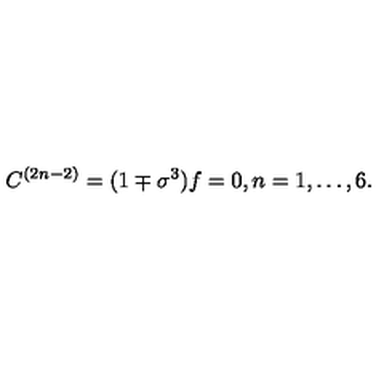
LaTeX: C ^ { ( 2 n - 2 ) } = ( 1 \mp \sigma ^ { 3 } ) f = 0 , n = 1 , \ldots , 6 .